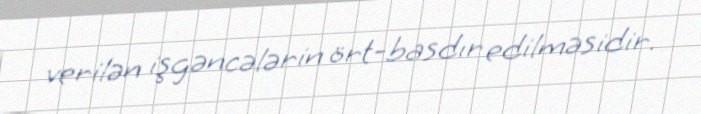
verilən işgəncələrin ört-basdır edilməsidir.